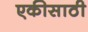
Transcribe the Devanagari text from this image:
एकीसाठी